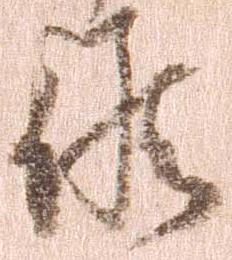
候